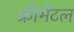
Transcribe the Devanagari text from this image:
फ्रीमेंटल